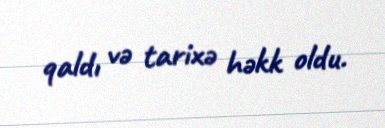
qaldı və tarixə həkk oldu.